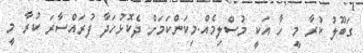
ގަބޫލު ކުރާ މީ ހާ އަކީ މުސްލިމެއް.މިކަންކަމަށް ދެކޮޅުހަދާ ފުރައްސާރަ ކުރާ މީ